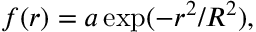
f ( r ) = a \exp ( - r ^ { 2 } / R ^ { 2 } ) ,